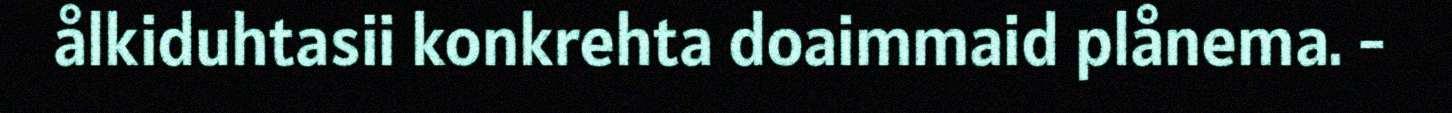
ålkiduhtasii konkrehta doaimmaid plånema. -